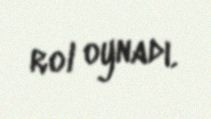
rol oynadı.